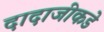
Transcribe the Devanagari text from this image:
दादाजीकडे